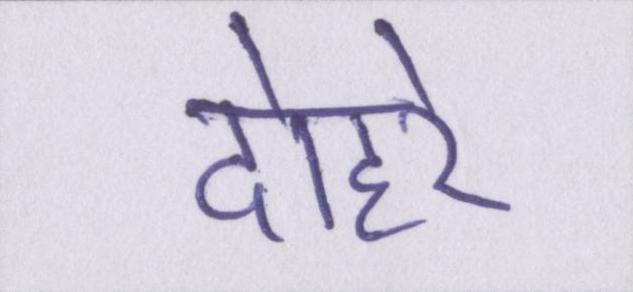
दोहरे